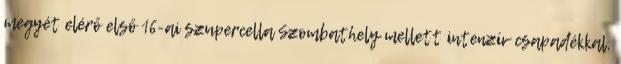
megyét elérő első 16-ai szupercella Szombathely mellett intenzív csapadékkal,